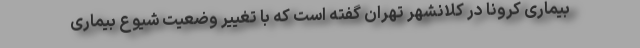
بیماری کرونا در کلانشهر تهران گفته است که با تغییر وضعیت شیوع بیماری